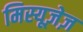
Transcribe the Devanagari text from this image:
मिस्यूज़ेज़